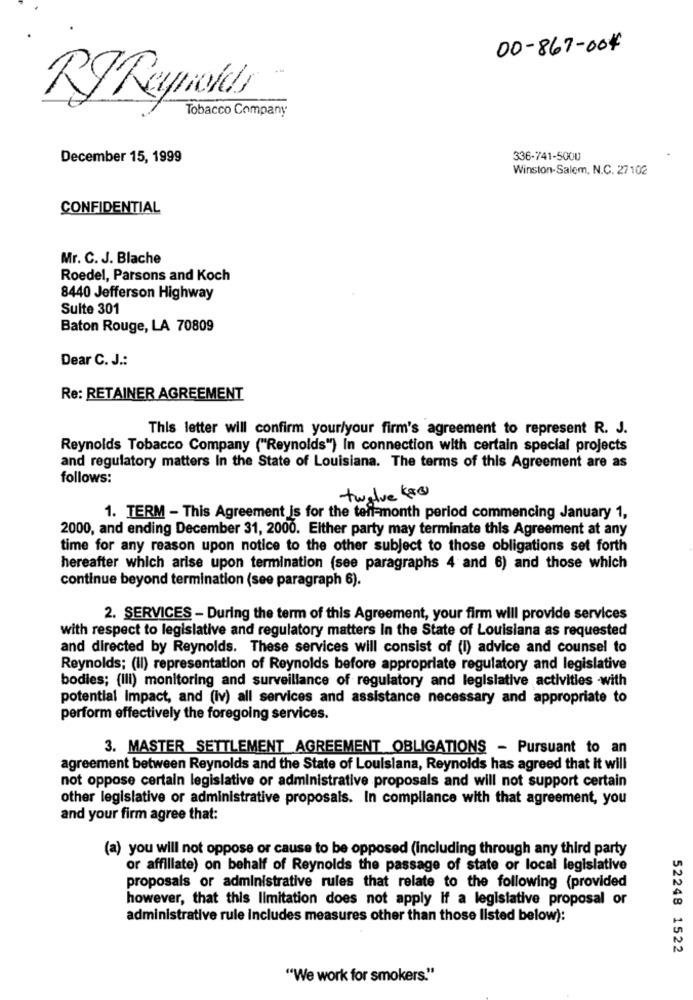
00-867-004
RJ Reynolds
Tobacco Company
December 15, 1999
336-741-5000
Winston-Salem, N.C. 27102
CONFIDENTIAL
Mr. C. J. Blache
Roedel, Parsons and Koch
8440 Jefferson Highway
Suite 301
Baton Rouge, LA 70809
Dear C. J .:
Re: RETAINER AGREEMENT
This letter will confirm your/your firm's agreement to represent R. J.
Reynolds Tobacco Company ("Reynolds") In connection with certain special projects
and regulatory matters In the State of Louisiana. The terms of this Agreement are as
follows:
twelve 580
1. TERM - This Agreement is for the teni-month period commencing January 1,
2000, and ending December 31, 2000. Either party may terminate this Agreement at any
time for any reason upon notice to the other subject to those obligations set forth
hereafter which arise upon termination (see paragraphs 4 and 6) and those which
continue beyond termination (see paragraph 6).
2. SERVICES - During the term of this Agreement, your firm will provide services
with respect to legislative and regulatory matters in the State of Louisiana as requested
and directed by Reynolds. These services will consist of (I) advice and counsel to
Reynolds; (II) representation of Reynolds before appropriate regulatory and legislative
bodies; (III) monitoring and surveillance of regulatory and legislative activities -with
potential impact, and (iv) all services and assistance necessary and appropriate to
perform effectively the foregoing services.
3. MASTER SETTLEMENT AGREEMENT OBLIGATIONS - Pursuant to an
agreement between Reynolds and the State of Louisiana, Reynolds has agreed that it will
not oppose certain legislative or administrative proposals and will not support certain
other legislative or administrative proposals. In compliance with that agreement, you
and your firm agree that:
(a) you will not oppose or cause to be opposed (including through any third party
or affiliate) on behalf of Reynolds the passage of state or local legislative
proposals or administrative rules that relate to the following (provided
however, that this limitation does not apply if a legislative proposal or
administrative rule includes measures other than those listed below):
52248 1522
"We work for smokers."